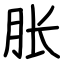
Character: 胀